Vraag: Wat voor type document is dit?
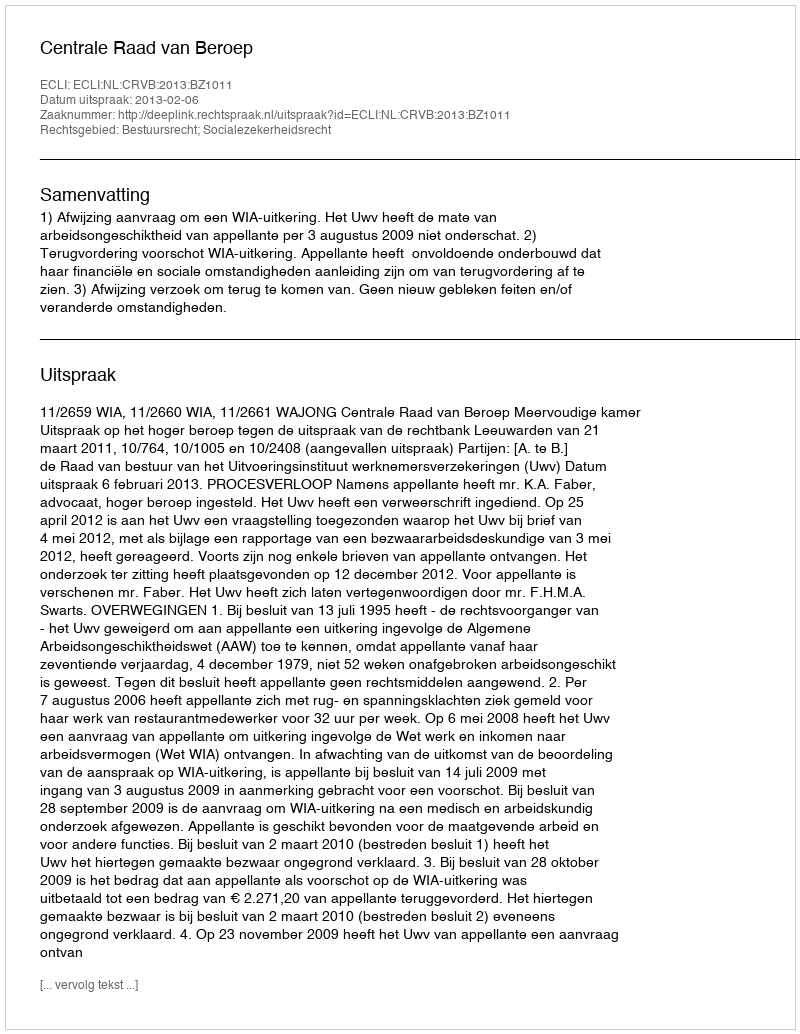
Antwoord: Uitspraak